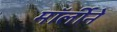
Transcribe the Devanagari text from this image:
मॉर्लीने